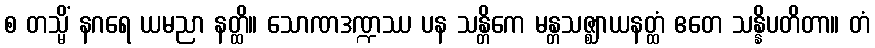
စ တသ္မိံ နဂရေ ယမညာ နတ္ထိ။ သောဏဒဏ္ဍဿ ပန သန္တိကေ မန္တသဇ္ဈာယနတ္ထံ ဧတေ သန္နိပတိတာ။ တံ